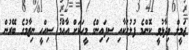
ޖަމީލް ވިދާޅުވީ ކޮންމެ ފުލުހަކާއި ސިފައިންގެ މީހަކަށް އާއްމު ސިއްހީ ނިޒާމުގެ ބޭރުން